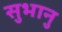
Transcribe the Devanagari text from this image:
सुभानु